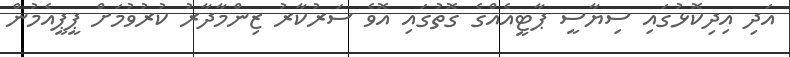
އަދި އިދިކޮޅުގައި ސިޔާސީ ޕާޓީއެއްގެ ގޮތުގައި އޮވެ ސަރުކާރު ޒިންމާދާރު ކުރުވުމަށް ޕީޕީއެމުން